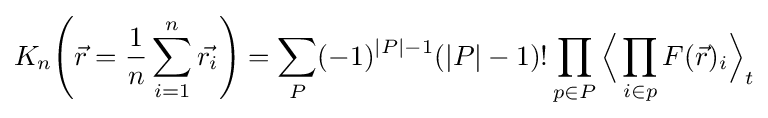
K_{n}{\Bigg (}{\vec {r}}={\frac {1}{n}}\sum _{i=1}^{n}{\vec {r_{i}}}{\Bigg )}=\sum _{P}(-1)^{|P|-1}(|P|-1)!\prod _{p\in P}{\Big \langle }\prod _{i\in p}F({\vec {r}})_{i}{\Big \rangle }_{t}